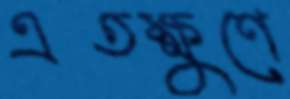
এতক্ষুণে